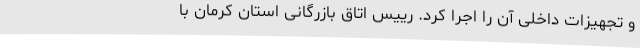
و تجهیزات داخلی آن را اجرا کرد. رییس اتاق بازرگانی استان کرمان با